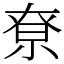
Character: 尞